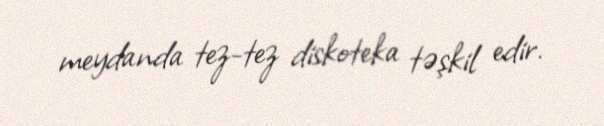
meydanda tez-tez diskoteka təşkil edir.